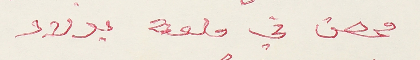
محصن في ملعة بولاد